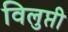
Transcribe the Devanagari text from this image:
विलुप्ती